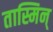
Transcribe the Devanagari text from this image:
तास्मिन्